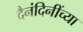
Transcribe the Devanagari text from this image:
दैनंदिनींच्या